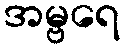
အမ္ဗရေ